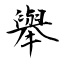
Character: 舉